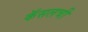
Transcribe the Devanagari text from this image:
कॅसलची